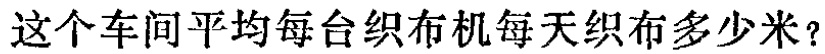
这个车间平均每台织布机每天织布多少米？